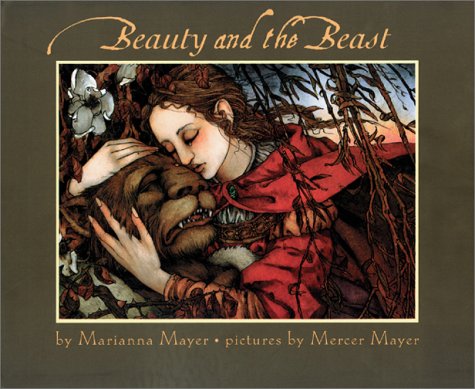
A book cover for Beauty and the Beast; Marianna Mayer; Children's Books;